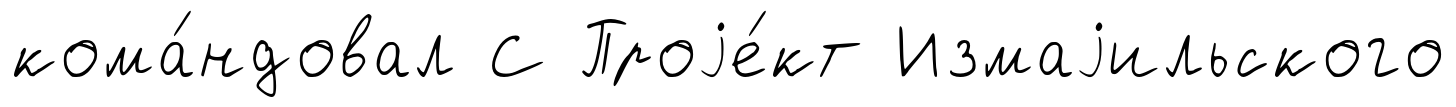
кома́ндовал С Проjе́кт Измаjильского